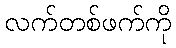
လက်တစ်ဖက်ကို